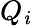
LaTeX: Q_{\mathit{i}}